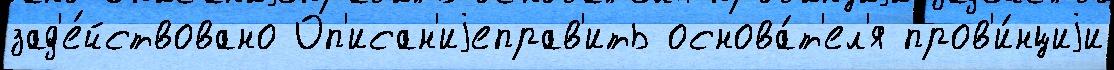
зад'е́йствовано Оп'исан'иjеправ'ить основа́т'ел'я пров'и́нциjи